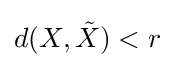
d(X,{\tilde {X}})<r